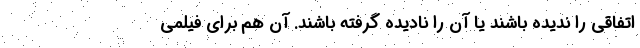
اتفاقی را ندیده باشند یا آن را نادیده گرفته باشند. آن هم برای فیلمی